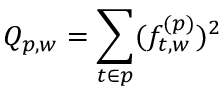
Q _ { p , w } = \sum _ { t \in p } ( f _ { t , w } ^ { ( p ) } ) ^ { 2 }